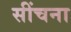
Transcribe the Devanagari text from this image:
सींचना